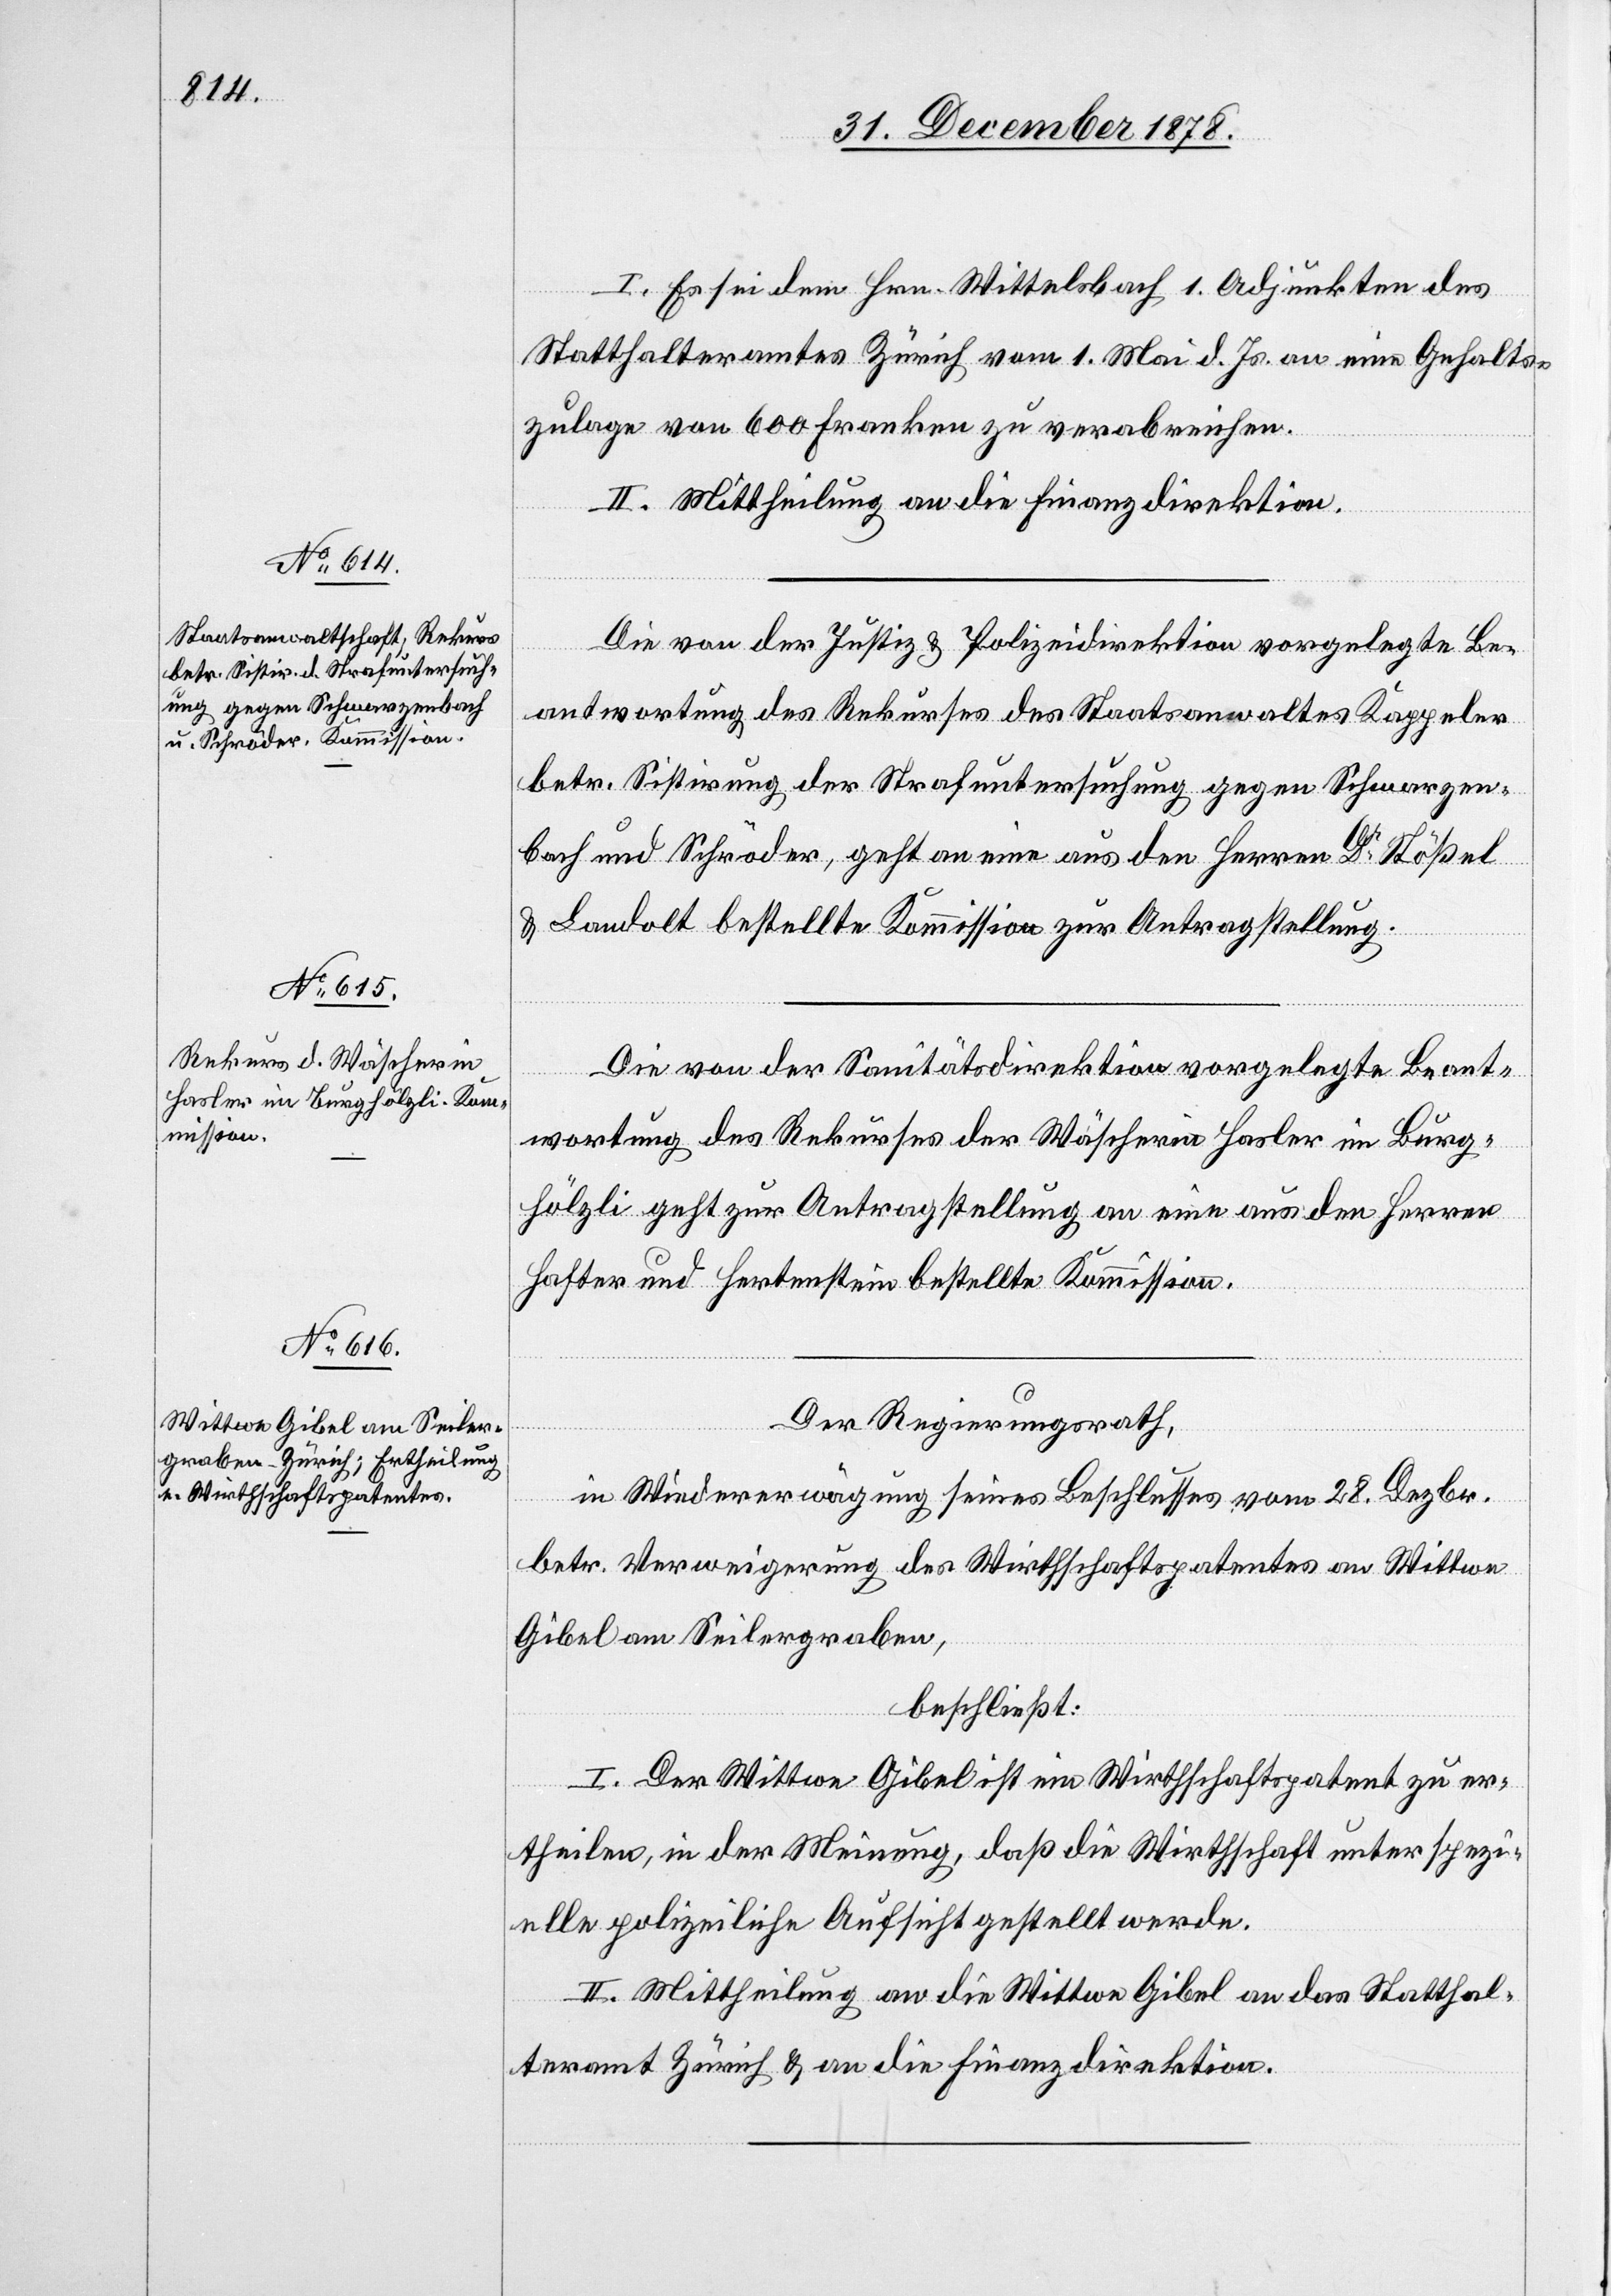
I. Es sei dem Hrn. Wittelsbach 1. Adjunkten des
Statthalteramtes Zürich vom 1. Mai d. Js. an eine Gehalts¬
zulage von 600 Franken zu verabreichen.
II. Mittheilung an die Finanzdirektion.
Die von der Justiz- & Polizeidirektion vorgelegte Be¬
antwortung des Rekurses des Staatsanwalts Kappeler
betr. Sistirung der Strafuntersuchung gegen Schwarzen¬
bach und Schröder, geht an eine aus den Herren Dr Stößel
& Landolt bestellte Kommission zur Antragstellung.
Die von der Sanitätsdirektion vorgelegte Beant¬
wortung des Rekurses der Wäscherin Hasler im Burg¬
hölzli geht zur Antragstellung an eine aus den Herren
Hafter und Hertenstein bestellte Kommission.
Der Regierungsrath,
in Wiedererwägung seines Beschlusses vom 28. Dezbr.
betr. Verweigerung des Wirthschaftspatentes an Wittwe
Gibel am Seilergraben,
beschließt:
I. Der Wittwe Gibel ist ein Wirthschaftspatent zu er¬
theilen, in der Meinung, daß die Wirthschaft unter spezi¬
elle polizeiliche Aufsicht gestellt werde.
II. Mittheilung an die Wittwe Gibel an das Statthal¬
teramt Zürich & an die Finanzdirektion.